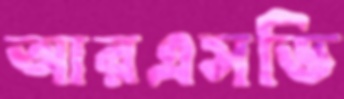
আরএসডি